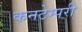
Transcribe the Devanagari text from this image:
कनटेम्परी